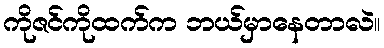
ကိုဇင်ကိုထက်က ဘယ်မှာနေတာလဲ။